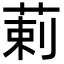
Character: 䓶